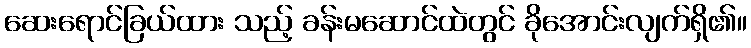
ဆေးရောင်ခြယ်ထား သည့် ခန်းမဆောင်ထဲတွင် ခိုအောင်းလျက်ရှိ၏။